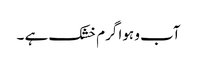
آب و ہوا گرم خشک ہے ۔